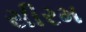
સીરમ